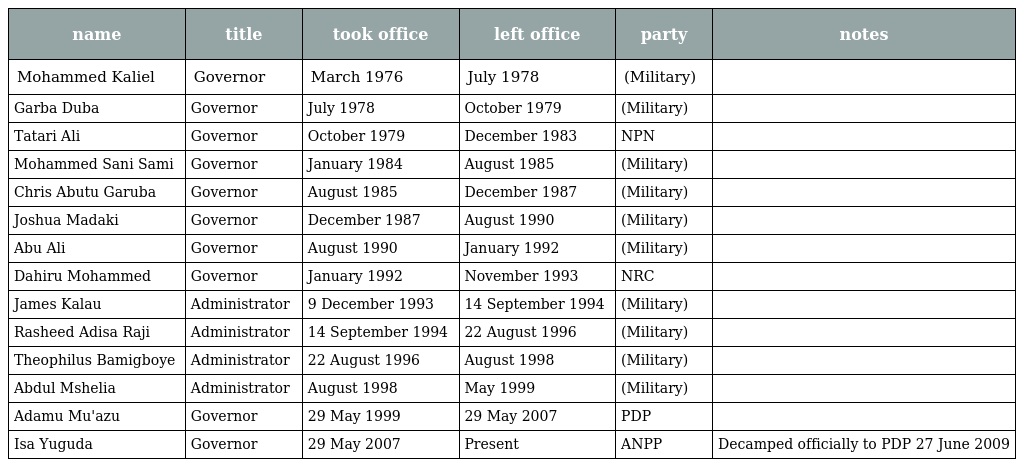
| name | title | took office | left office | party | notes |
 | --- | --- | --- | --- | --- | --- |
 | Mohammed Kaliel | Governor | March 1976 | July 1978 | (Military) |  |
 | Garba Duba | Governor | July 1978 | October 1979 | (Military) |  |
 | Tatari Ali | Governor | October 1979 | December 1983 | NPN |  |
 | Mohammed Sani Sami | Governor | January 1984 | August 1985 | (Military) |  |
 | Chris Abutu Garuba | Governor | August 1985 | December 1987 | (Military) |  |
 | Joshua Madaki | Governor | December 1987 | August 1990 | (Military) |  |
 | Abu Ali | Governor | August 1990 | January 1992 | (Military) |  |
 | Dahiru Mohammed | Governor | January 1992 | November 1993 | NRC |  |
 | James Kalau | Administrator | 9 December 1993 | 14 September 1994 | (Military) |  |
 | Rasheed Adisa Raji | Administrator | 14 September 1994 | 22 August 1996 | (Military) |  |
 | Theophilus Bamigboye | Administrator | 22 August 1996 | August 1998 | (Military) |  |
 | Abdul Mshelia | Administrator | August 1998 | May 1999 | (Military) |  |
 | Adamu Mu'azu | Governor | 29 May 1999 | 29 May 2007 | PDP |  |
 | Isa Yuguda | Governor | 29 May 2007 | Present | ANPP | Decamped officially to PDP 27 June 2009 |